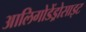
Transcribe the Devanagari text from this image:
आलिगोडेंड्रोसाइट